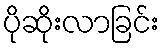
ပိုဆိုးလာခြင်း